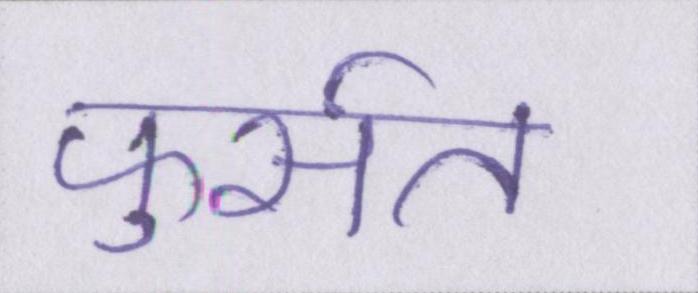
फुर्सत